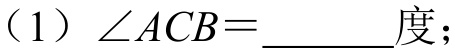
(1) \(\angle ACB = \_\_\_\_\_\)度；